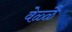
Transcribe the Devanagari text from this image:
वेळ्ळै